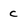
Character: C